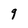
Character: 9